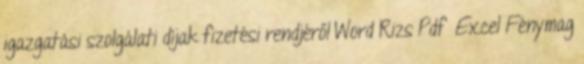
igazgatási szolgálati díjak fizetési rendjéről Word Rizs Pdf Excel Fénymag